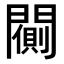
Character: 𨶨